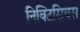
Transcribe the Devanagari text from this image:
निक्टिसिबस